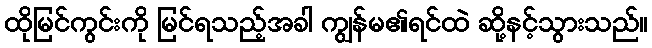
ထိုမြင်ကွင်းကို မြင်ရသည့်အခါ ကျွန်မ၏ရင်ထဲ ဆို့နင့်သွားသည်။